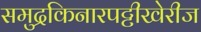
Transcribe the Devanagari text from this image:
समुद्रकिनारपट्टीखेरीज